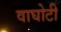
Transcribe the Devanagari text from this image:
वाघोटी